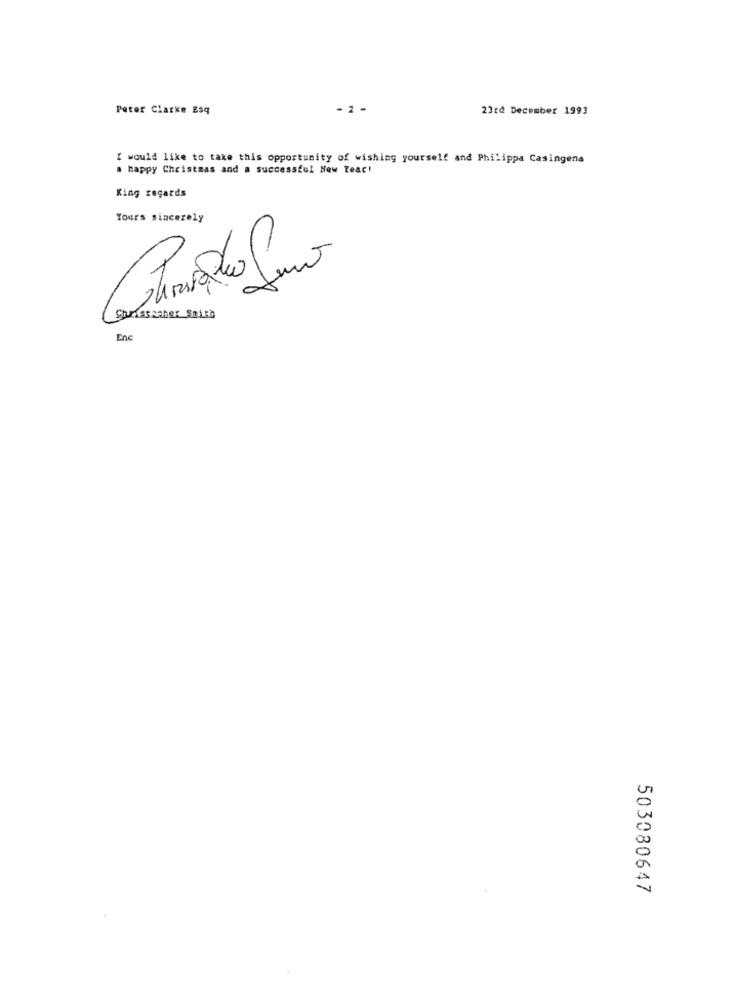
Peter Clarke Esq
- 2 -
23rd December 1993
I would like to taxe this opportunity of wishing yourself and Philippa Casingena
a happy Christmas and a successful New Teac!
King regards
Yours sincerely
-
Chrissaaher Smith
Enc
503080647